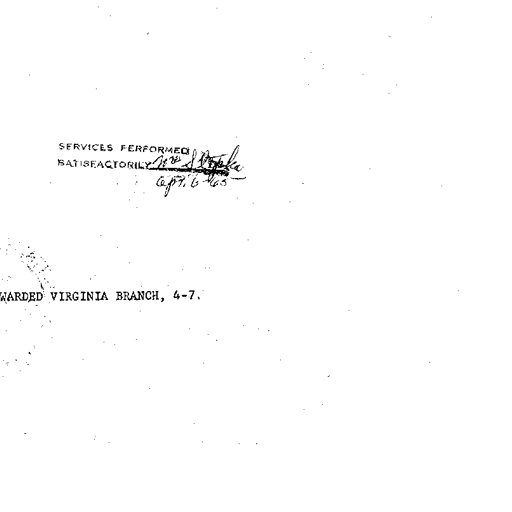
SERVICES PERFORMED
SATISFACTORILY M S Slopka
Capt. C-SC
WARDED VIRGINIA BRANCH, 4-7.